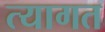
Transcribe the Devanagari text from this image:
त्यागत